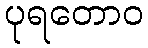
ပုရတောဝ